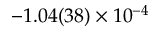
- 1 . 0 4 ( 3 8 ) \times 1 0 ^ { - 4 }